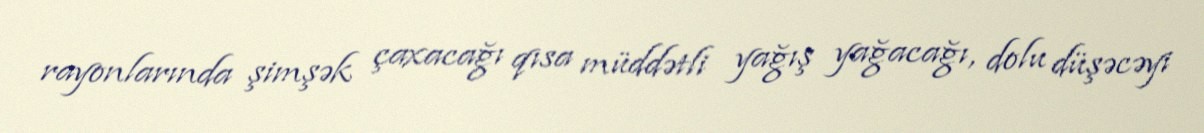
rayonlarında şimşək çaxacağı qısa müddətli yağış yağacağı, dolu düşəcəyi